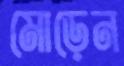
মোড়েন